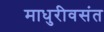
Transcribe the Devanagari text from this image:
माधुरीवसंत